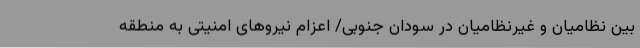
بین نظامیان و غیرنظامیان در سودان جنوبی/ اعزام نیروهای امنیتی به منطقه